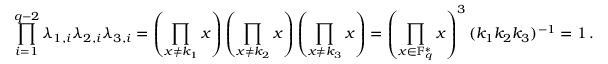
\prod _ { i = 1 } ^ { q - 2 } \lambda _ { 1 , i } \lambda _ { 2 , i } \lambda _ { 3 , i } = \left( \prod _ { x \neq k _ { 1 } } x \right) \left( \prod _ { x \neq k _ { 2 } } x \right) \left( \prod _ { x \neq k _ { 3 } } x \right) = \left( \prod _ { x \in \mathbb { F } _ { q } ^ { \ast } } x \right) ^ { 3 } ( k _ { 1 } k _ { 2 } k _ { 3 } ) ^ { - 1 } = 1 \, .